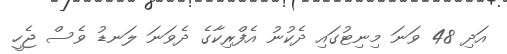
އަދި 48 ވަނަ މިނިޓުގައި ދެކުނު އެފްރިކާގެ ދެވަނަ ލަނޑު ވެސް ޖެހީ